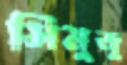
সিমুজু